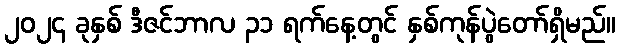
၂၀၂၄ ခုနှစ် ဒီဇင်ဘာလ ၃၁ ရက်နေ့တွင် နှစ်ကုန်ပွဲတော်ရှိမည်။